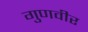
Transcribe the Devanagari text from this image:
गुणवीर